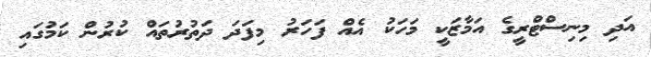
އަދި މިނިސްޓްރީގެ އަމާޒަކީ މަހަކު އެއް ފަހަރު މިފަދަ ދަތުރުތައް ކުރުން ކަމުގައި